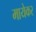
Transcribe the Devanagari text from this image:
मायेकर